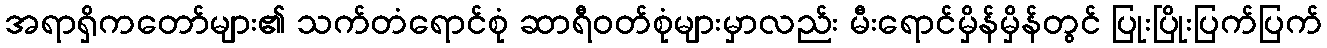
အရာရှိကတော်များ၏ သက်တံရောင်စုံ ဆာရီဝတ်စုံများမှာလည်း မီးရောင်မှိန်မှိန်တွင် ပြုးပြိုးပြက်ပြက်